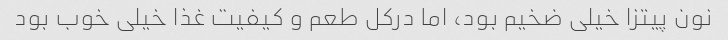
نون پیتزا خیلی ضخیم بود، اما درکل طعم و کیفیت غذا خیلی خوب بود